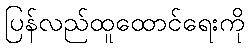
ပြန်လည်ထူထောင်ရေးကို